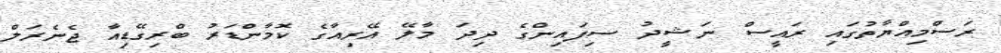
ރަސްމިއްޔާތުގައި ރައީސް ނަޝީދު ސިފައިންގެ ދިދަ މާލޭ އޭރިއާގެ ކޮމާންޑަރު ބްރިގޭޑިއާ ޖެނެރަލް